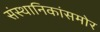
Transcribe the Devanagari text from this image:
संस्थानिकांसमोर